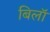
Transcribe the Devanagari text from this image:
बिलॉ